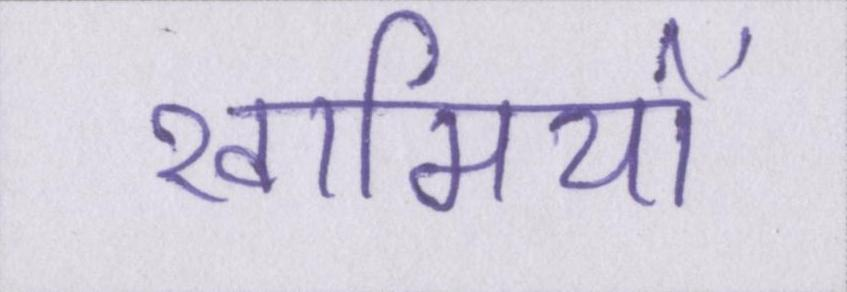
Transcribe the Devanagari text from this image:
खामियों